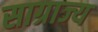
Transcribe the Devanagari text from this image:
साग्राज्‍य